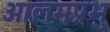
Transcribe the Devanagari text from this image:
आलमप्रभु